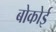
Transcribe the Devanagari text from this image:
बोकोई